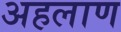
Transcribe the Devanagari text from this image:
अहलाण